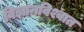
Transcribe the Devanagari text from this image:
विज्ञानविश्वात